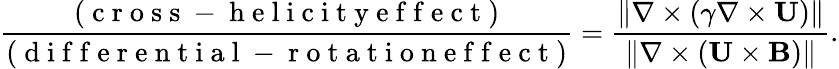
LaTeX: \frac{(\mathrm{~c~r~o~s~s~-~h~e~l~i~c~i~t~y~e~f~f~e~c~t~})}{(\mathrm{~d~i~f~f~e~r~e~n~t~i~a~l~-~r~o~t~a~t~i~o~n~e~f~f~e~c~t~})}=\frac{\| {\nabla\times(\gamma\nabla\times{\mathbf{U}})}\| }{\| {\nabla\times({\mathbf{U}}\times{\mathbf{B}})}\| }.